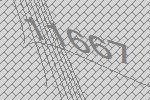
11667